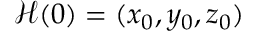
\mathcal { H } ( 0 ) = ( x _ { 0 } , y _ { 0 } , z _ { 0 } )